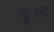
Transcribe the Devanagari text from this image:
कूर्ट